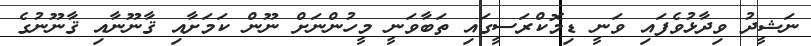
ނަޝީދު ވިދާޅުވެފައި ވަނީ ޑިމޮކްރަސީގައި ތަބާވަނީ މީހުންނަށް ނޫން ކަމަށާއި ޤާނޫނާއި ޤާނޫނުގެ